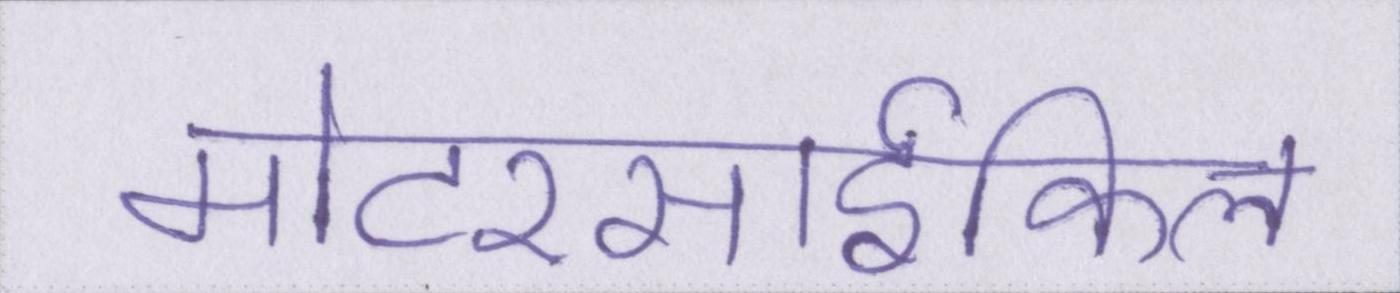
मोटरसार्इकिल